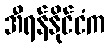
အီရန်နိုင်ငံက